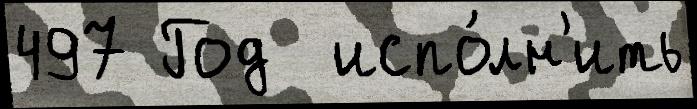
497 Год  испо́лн'ить